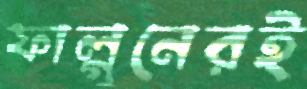
ফাল্গুনেরই